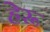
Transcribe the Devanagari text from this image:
हेरू